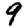
Digit: 9